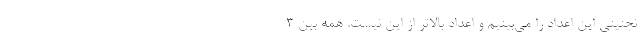
نچنینی این اعداد را می‌بینیم و اعداد بالاتر از این نیست. همه بین 3